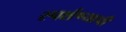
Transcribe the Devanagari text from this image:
स्पर्शण्याची